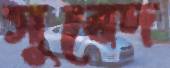
সুবেদ